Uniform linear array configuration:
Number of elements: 64
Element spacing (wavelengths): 0.25
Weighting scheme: binomial
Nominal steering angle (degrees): -30
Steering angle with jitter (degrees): -30.273
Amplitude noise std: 0.05
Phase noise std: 0.05

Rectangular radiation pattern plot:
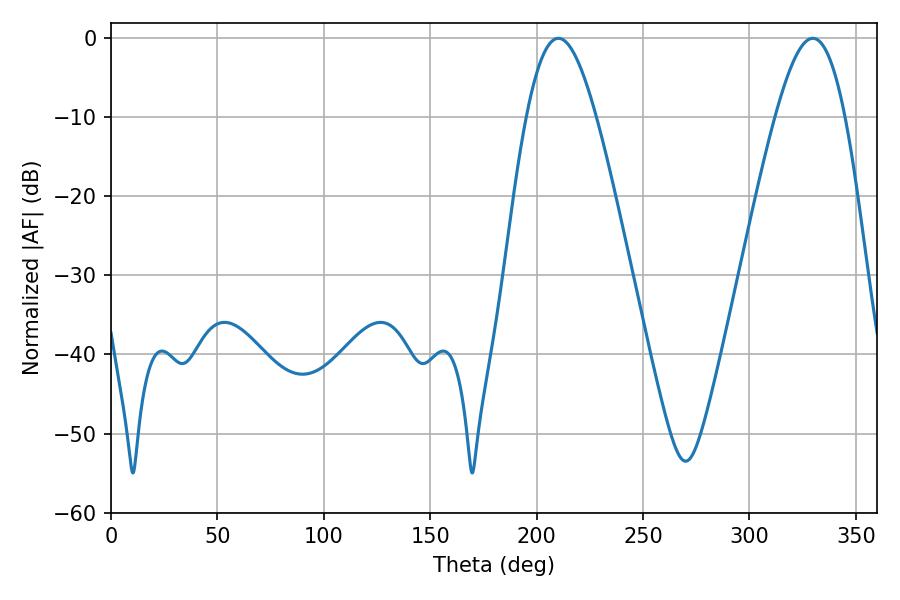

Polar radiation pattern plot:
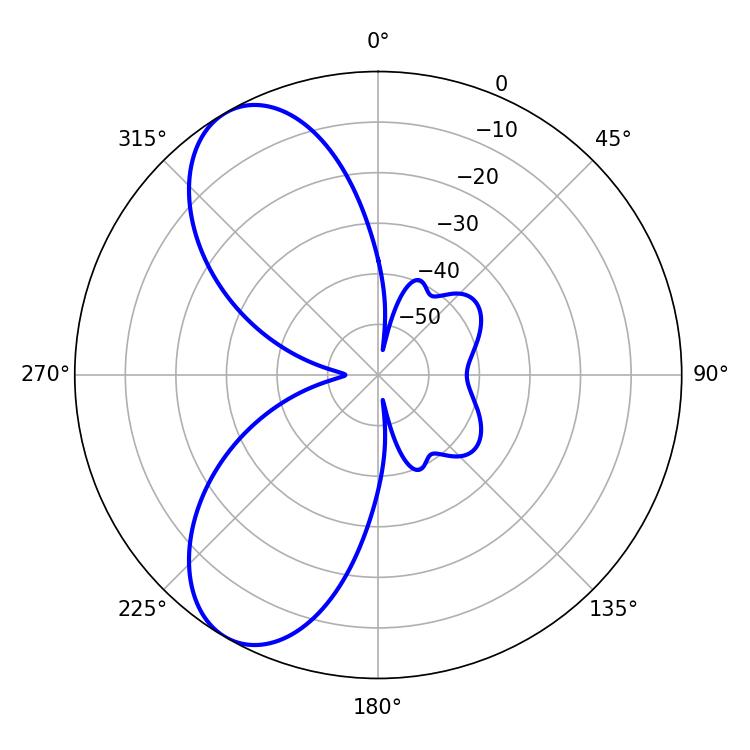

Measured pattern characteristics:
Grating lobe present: FALSE
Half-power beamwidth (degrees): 17.64
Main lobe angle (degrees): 210.24